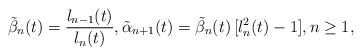
LaTeX: \begin{align*} \tilde{\beta}_{n} (t) = \frac{l_{n-1}(t)}{l_{n}(t)}, \tilde{\alpha}_{n+1}(t) = \tilde{\beta}_{n}(t)\,[l_{n}^2(t) - 1] , n \geq 1, \end{align*}